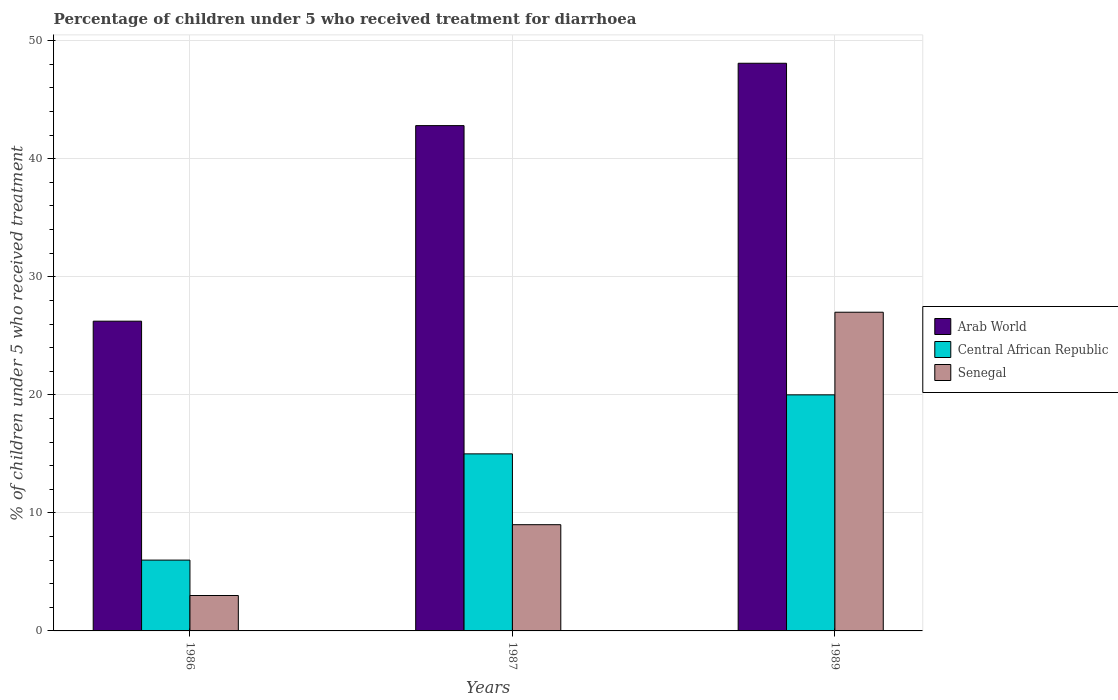
| Years | Arab World | Central African Republic | Senegal |
 | --- | --- | --- | --- |
 | 1986 | 26.2 | 6 | 3 |
 | 1987 | 42.8 | 15 | 9 |
 | 1989 | 48.1 | 20 | 27 |